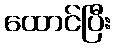
ထောင်ပြီး